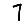
Digit: 7